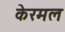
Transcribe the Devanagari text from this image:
केरमल